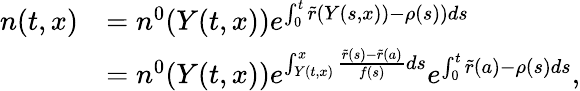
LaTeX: \begin{array}{rl}{n(t,x)}&{=n^{0}(Y(t,x))e^{\int_{0}^{t}{\tilde{r}(Y(s,x))-\rho(s))ds}}}\\ &{=n^{0}(Y(t,x))e^{\int_{Y(t,x)}^{x}{\frac{\tilde{r}(s)-\tilde{r}(a)}{f(s)}ds}}e^{\int_{0}^{t}{\tilde{r}(a)-\rho(s)ds}},}\end{array}